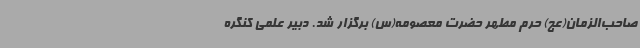
صاحب‌الزمان(عج) حرم مطهر حضرت معصومه(س) برگزار شد. دبیر علمی کنگره